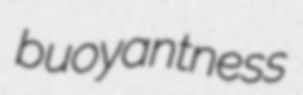
buoyantness